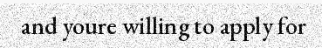
and youre willing to apply for